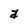
Character: a